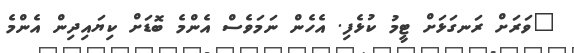
"ވަރަށް ރަނގަޅަށް ޓީމު ކުޅެފި. އެހެން ނަމަވެސް އެންމެ ބޮޑަށް ކިޔައިދިން އެންމެ